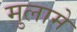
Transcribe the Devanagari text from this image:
मुलामे